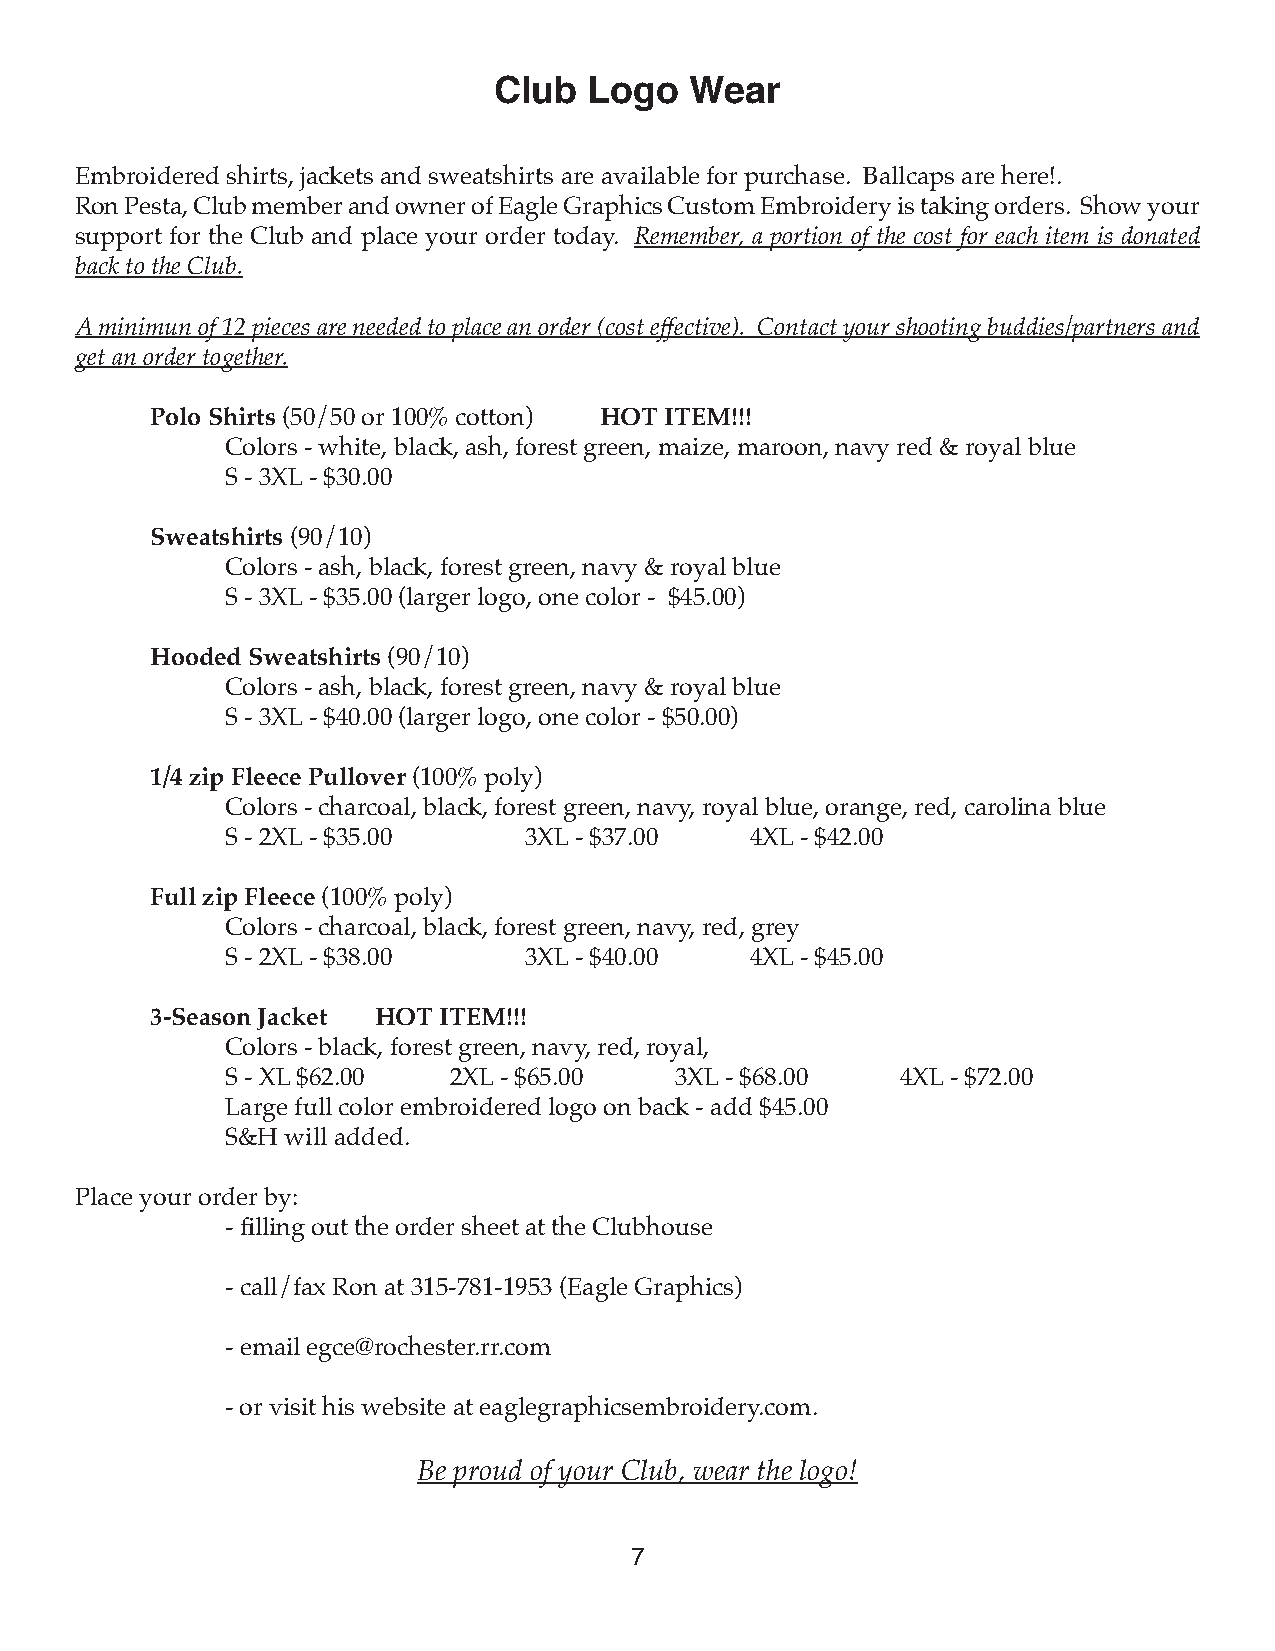
Club  Logo   Wear
 Embroidered shirts, jackets and sweatshirts are available for purchase. Ballcaps are here!.
 Ron Pesta, Club member and owner of Eagle Graphics Custom Embroidery is taking orders. Show your
 support for the Club and place your order today. Remember, a portion of the cost for each item is donated
 back to the Club.
 A minimun of 12 pieces are needed to place an order (cost effective). Contact your shooting buddies/partners and
 get an order together.
 Polo Shirts (50/50 or 100% cotton) HOT ITEM!!!
 Colors - white, black, ash, forest green, maize, maroon, navy red & royal blue
 S - 3XL - $30.00
 Sweatshirts (90/10)
 Colors - ash, black, forest green, navy & royal blue
 S - 3XL - $35.00 (larger logo, one color - $45.00)
 Hooded Sweatshirts (90/10)
 Colors - ash, black, forest green, navy & royal blue
 S - 3XL - $40.00 (larger logo, one color - $50.00)
 1/4 zip Fleece Pullover (100% poly)
 Colors - charcoal, black, forest green, navy, royal blue, orange, red, carolina blue
 S - 2XL - $35.00    3XL - $37.00   4XL - $42.00
 Full zip Fleece (100% poly)
 Colors - charcoal, black, forest green, navy, red, grey
 S - 2XL - $38.00    3XL - $40.00   4XL - $45.00
 3-Season Jacket HOT ITEM!!!
 Colors - black, forest green, navy, red, royal,
 S - XL $62.00  2XL - $65.00   3XL - $68.00   4XL - $72.00
 Large full color embroidered logo on back - add $45.00
 S&H will added.
 Place your order by:
 - filling out the order sheet at the Clubhouse
 - call/fax Ron at 315-781-1953 (Eagle Graphics)
 - email egce@rochester.rr.com
 - or visit his website at eaglegraphicsembroidery.com.
 Be proud of your Club, wear the logo!
 7